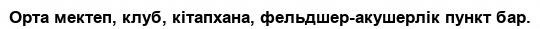
Орта мектеп, клуб, кітапхана, фельдшер-акушерлік пункт бар.